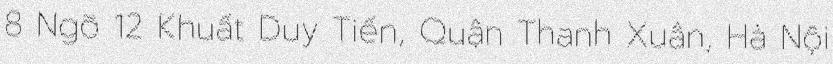
8 Ngõ 12 Khuất Duy Tiến, Quận Thanh Xuân, Hà Nội